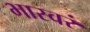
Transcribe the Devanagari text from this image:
भास्वरं